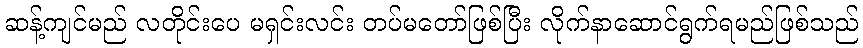
ဆန့်ကျင်မည် လတိုင်းပေ မရှင်းလင်း တပ်မတော်ဖြစ်ပြီး လိုက်နာဆောင်ရွက်ရမည်ဖြစ်သည်